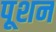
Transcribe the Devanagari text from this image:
पूशन